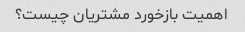
اهمیت بازخورد مشتریان چیست؟